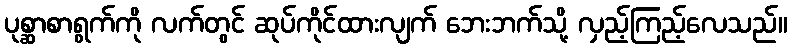
ပုစ္ဆာစာရွက်ကို လက်တွင် ဆုပ်ကိုင်ထားလျက် ဘေးဘက်သို့ လှည့်ကြည့်လေသည်။